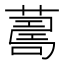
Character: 𦺚